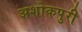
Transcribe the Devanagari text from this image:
अशोकपुरी